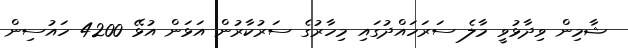
ޝާމިން ވިދާޅުވީ މާލެ ސަރަހައްދުގައި މިހާރުގެ ސަރުކާރުން އަޅަން އުޅޭ 4200 ހައުސިން